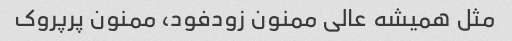
مثل همیشه عالی ممنون زودفود، ممنون پرپروک